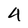
Character: 4